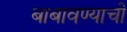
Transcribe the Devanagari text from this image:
बाबावण्याची